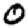
Digit: 0